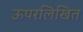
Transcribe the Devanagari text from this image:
ऊपरलिखित